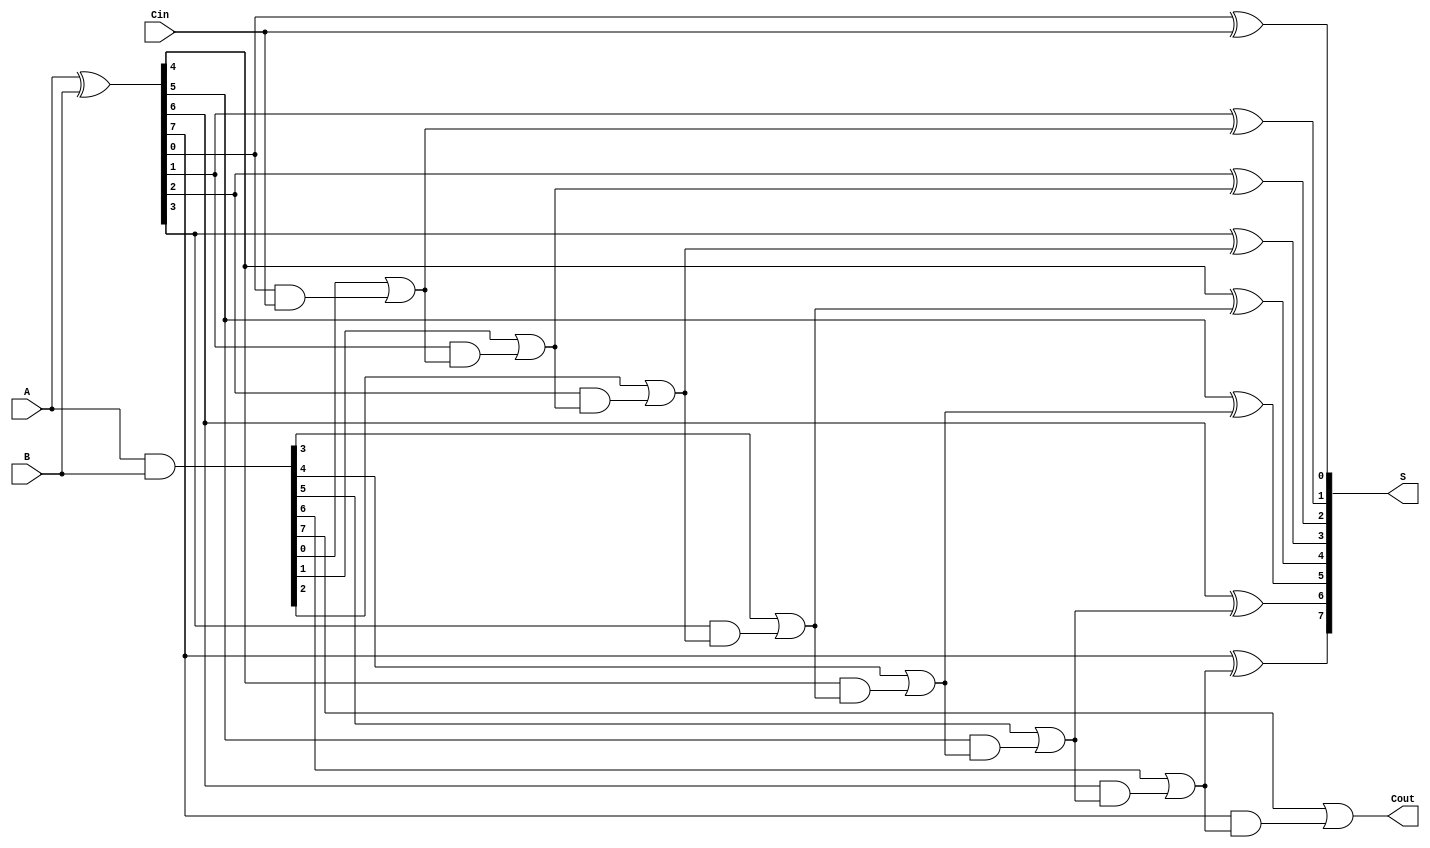
module brent_kung_adder #(parameter n = 8) (
    input  [n-1:0] A,      // First operand
    input  [n-1:0] B,      // Second operand
    input         Cin,      // Carry-in
    output [n-1:0] S,      // Sum output
    output        Cout      // Carry-out
);

    // Generate and Propagate signals
    wire [n-1:0] G; // Generate
    wire [n-1:0] P; // Propagate
    wire [n:0] C;   // Carry signals

    // Generate and Propagate calculations
    assign G = A & B;
    assign P = A ^ B;

    // Initial carry-in
    assign C[0] = Cin;

    // Brent-Kung carry generation
    genvar i, j;
    generate
        // First stage
        for (i = 0; i < n; i = i + 1) begin
            assign C[i + 1] = G[i] | (P[i] & C[i]);
        end
    endgenerate

    // Sum calculation
    generate
        for (i = 0; i < n; i = i + 1) begin
            assign S[i] = P[i] ^ C[i];
        end
    endgenerate

    // Final carry-out
    assign Cout = C[n];

endmodule